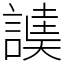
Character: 䜁